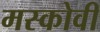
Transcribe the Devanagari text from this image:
मस्कोवी